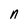
Character: n